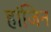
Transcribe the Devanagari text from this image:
हांजिन